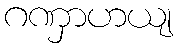
ဂဏှာဟယျ